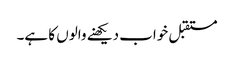
مستقبل خواب دیکھنے والوں کا ہے۔